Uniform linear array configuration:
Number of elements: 32
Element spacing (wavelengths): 0.5
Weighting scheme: blackman
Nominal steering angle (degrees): -60
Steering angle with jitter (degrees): -59.722
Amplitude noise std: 0.05
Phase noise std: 0.05

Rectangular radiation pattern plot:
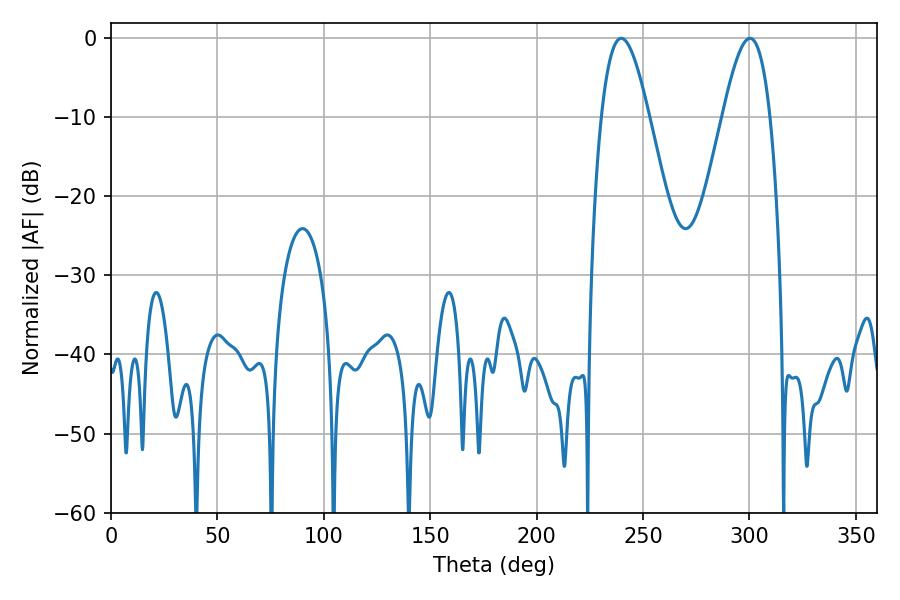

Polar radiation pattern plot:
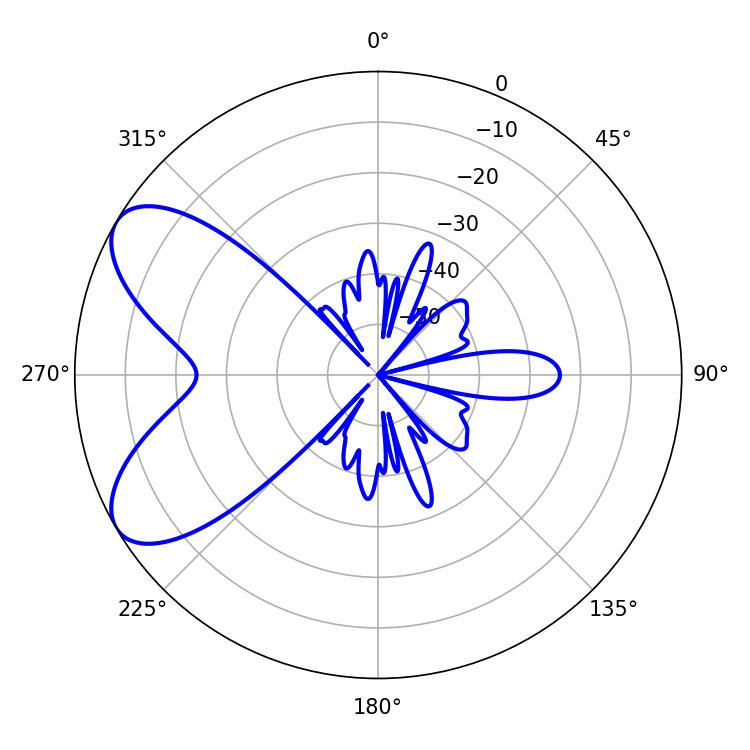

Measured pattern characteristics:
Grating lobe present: FALSE
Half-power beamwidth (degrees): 12.06
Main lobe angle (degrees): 239.76